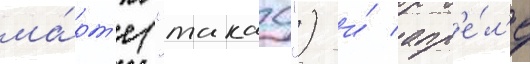
ма́рт'е ("такао") и́ апр'е́л'е